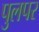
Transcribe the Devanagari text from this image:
पुलपर